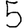
Digit: 5